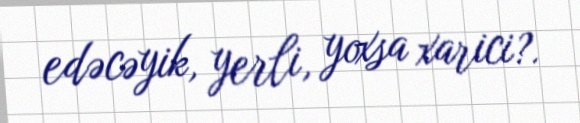
edəcəyik, yerli, yoxsa xarici?.